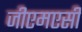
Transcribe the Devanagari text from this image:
जीएमएसी